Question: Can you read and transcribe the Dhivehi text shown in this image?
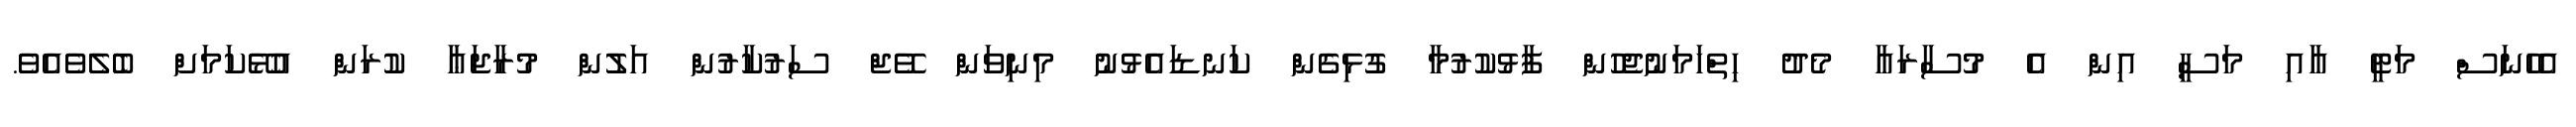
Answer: އެހެނަސް މަޓީ އާއި މަސީ އިން އެ މުސާރައާ މެދު ހިތްހަމަނުޖެހުން ފާޅުކުރުމާ ގުޅިގެން ކަނޑައެޅުނު މިނިވަން ވޭޖް ސަރުކާރުން އަލުން މުރާޖަޢާ ކުރަން އުޅޭކަމަށް ބެލެވެއެވެ.